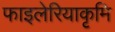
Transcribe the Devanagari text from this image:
फाइलेरियाकृमि